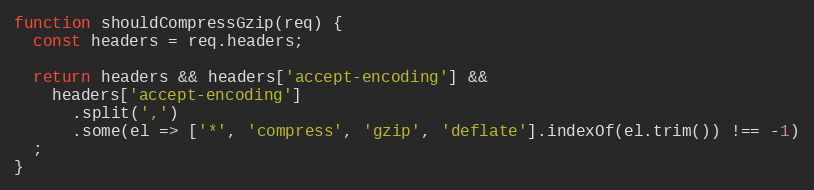
Language: JavaScript
function shouldCompressGzip(req) {
  const headers = req.headers;

  return headers && headers['accept-encoding'] &&
    headers['accept-encoding']
      .split(',')
      .some(el => ['*', 'compress', 'gzip', 'deflate'].indexOf(el.trim()) !== -1)
  ;
}